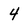
Character: 4